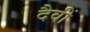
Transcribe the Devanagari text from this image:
दैवीं